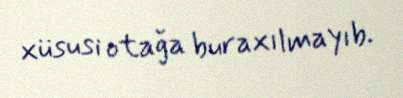
xüsusi otağa buraxılmayıb.